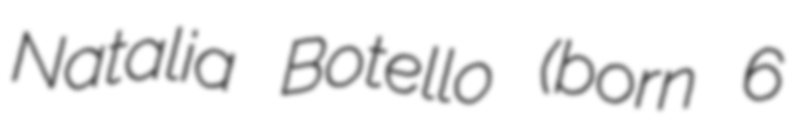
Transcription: Natalia Botello (born 6